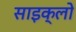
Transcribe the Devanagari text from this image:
साइक्लो